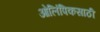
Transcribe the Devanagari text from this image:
ओलिंपिकसाठी